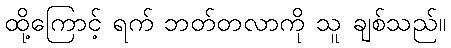
ထို့ကြောင့် ရက် ဘတ်တလာကို သူ ချစ်သည်။